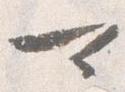
可